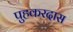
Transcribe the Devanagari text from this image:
पुहकरदास